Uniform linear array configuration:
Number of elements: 24
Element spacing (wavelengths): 0.5
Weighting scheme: hamming
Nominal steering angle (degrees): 60
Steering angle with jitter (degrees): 59.673
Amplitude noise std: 0.05
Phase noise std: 0.05

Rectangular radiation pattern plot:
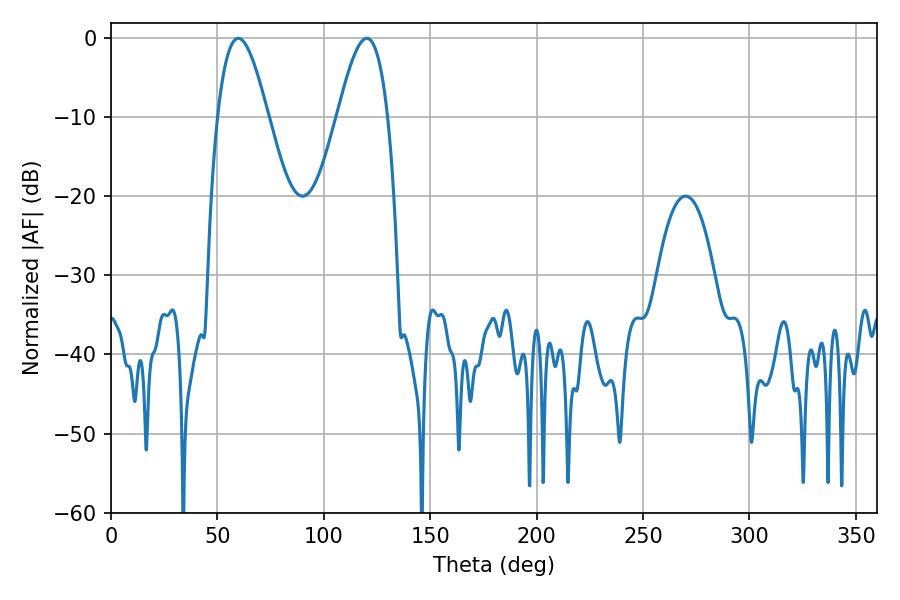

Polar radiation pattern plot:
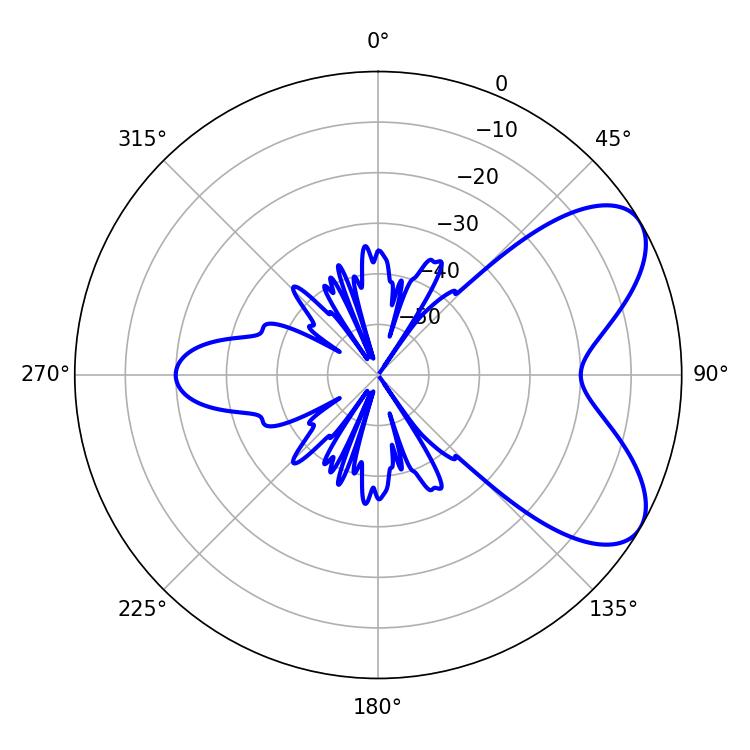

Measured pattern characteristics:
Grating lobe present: FALSE
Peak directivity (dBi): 6.702
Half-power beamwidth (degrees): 12.78
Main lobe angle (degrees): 59.76